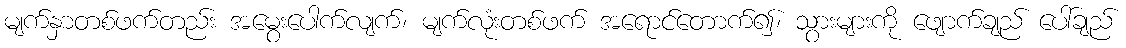
မျက်နှာတစ်ဖက်တည်း အမွေးပေါက်လျက်၊ မျက်လုံးတစ်ဖက် အရောင်တောက်၍၊ သွားများကို ဖျောက်ချည် ပေါ်ချည်